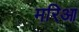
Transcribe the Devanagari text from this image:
मरिआ